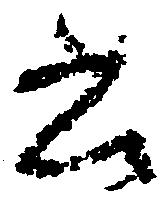
書